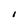
Character: I